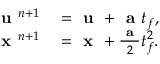
\begin{array} { r l } { \textbf { u } ^ { n + 1 } } & { { } = \textbf { u } + \textbf { a } t _ { f } , } \\ { \textbf { x } ^ { n + 1 } } & { { } = \textbf { x } + \frac { \textbf { a } } { 2 } t _ { f } ^ { 2 } . } \end{array}